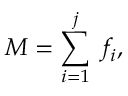
M = \sum _ { i = 1 } ^ { j } \ f _ { i } ,